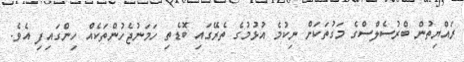
ރައްޔިތުން ބްރުސެލްސްގެ މަގުތަކަށް ނިކުމެ އުޅުމުގެ ތެރޭގައި ބޮޑެތި ހަމަނުޖެހުންތަކެއް ހިންގައިފި އެވެ.